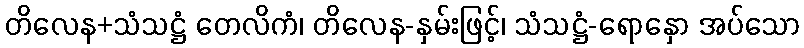
တိလေန+သံသဋ္ဌံ တေလိကံ၊ တိလေန-နှမ်းဖြင့်၊ သံသဋ္ဌံ-ရောနှော အပ်သော